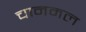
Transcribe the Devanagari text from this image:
चानमल